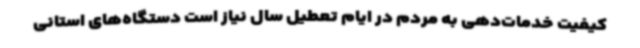
کیفیت خدمات‌دهی به مردم در ایام تعطیل سال نیاز است دستگاه‌های استانی